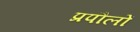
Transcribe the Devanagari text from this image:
प्रपौलों